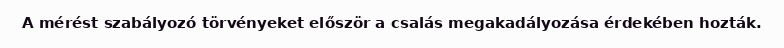
A mérést szabályozó törvényeket először a csalás megakadályozása érdekében hozták.